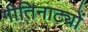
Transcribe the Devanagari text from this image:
गीतिनाट्यों